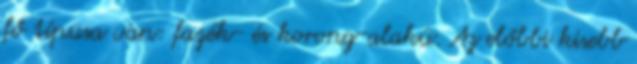
fő típusa van: fazék- és korong-alakú. Az előbbi kisebb